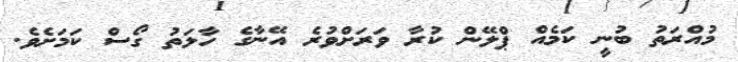
މުއްރަތު ބުނީ ކަމެއް ޕްލޭން ކުރާ ވަރަށްވުރެ އޭނާގެ ހާލަތު ގޯސް ކަމަށެވެ.